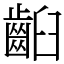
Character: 齨